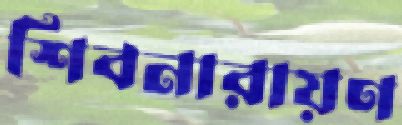
শিবনারায়ণ